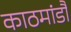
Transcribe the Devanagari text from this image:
काठमांडौं